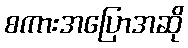
စကားအပြောအဆို